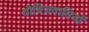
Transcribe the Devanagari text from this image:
थीबिज़वासियों